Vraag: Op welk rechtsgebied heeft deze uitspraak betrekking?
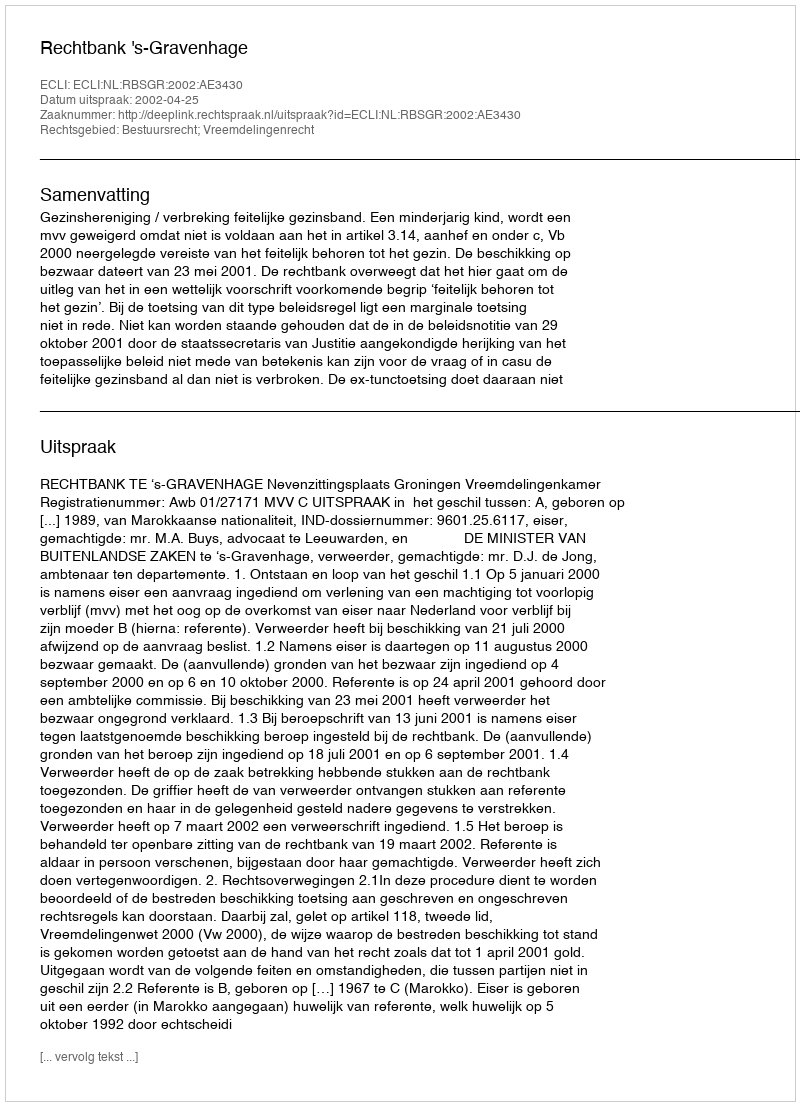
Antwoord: Bestuursrecht; Vreemdelingenrecht